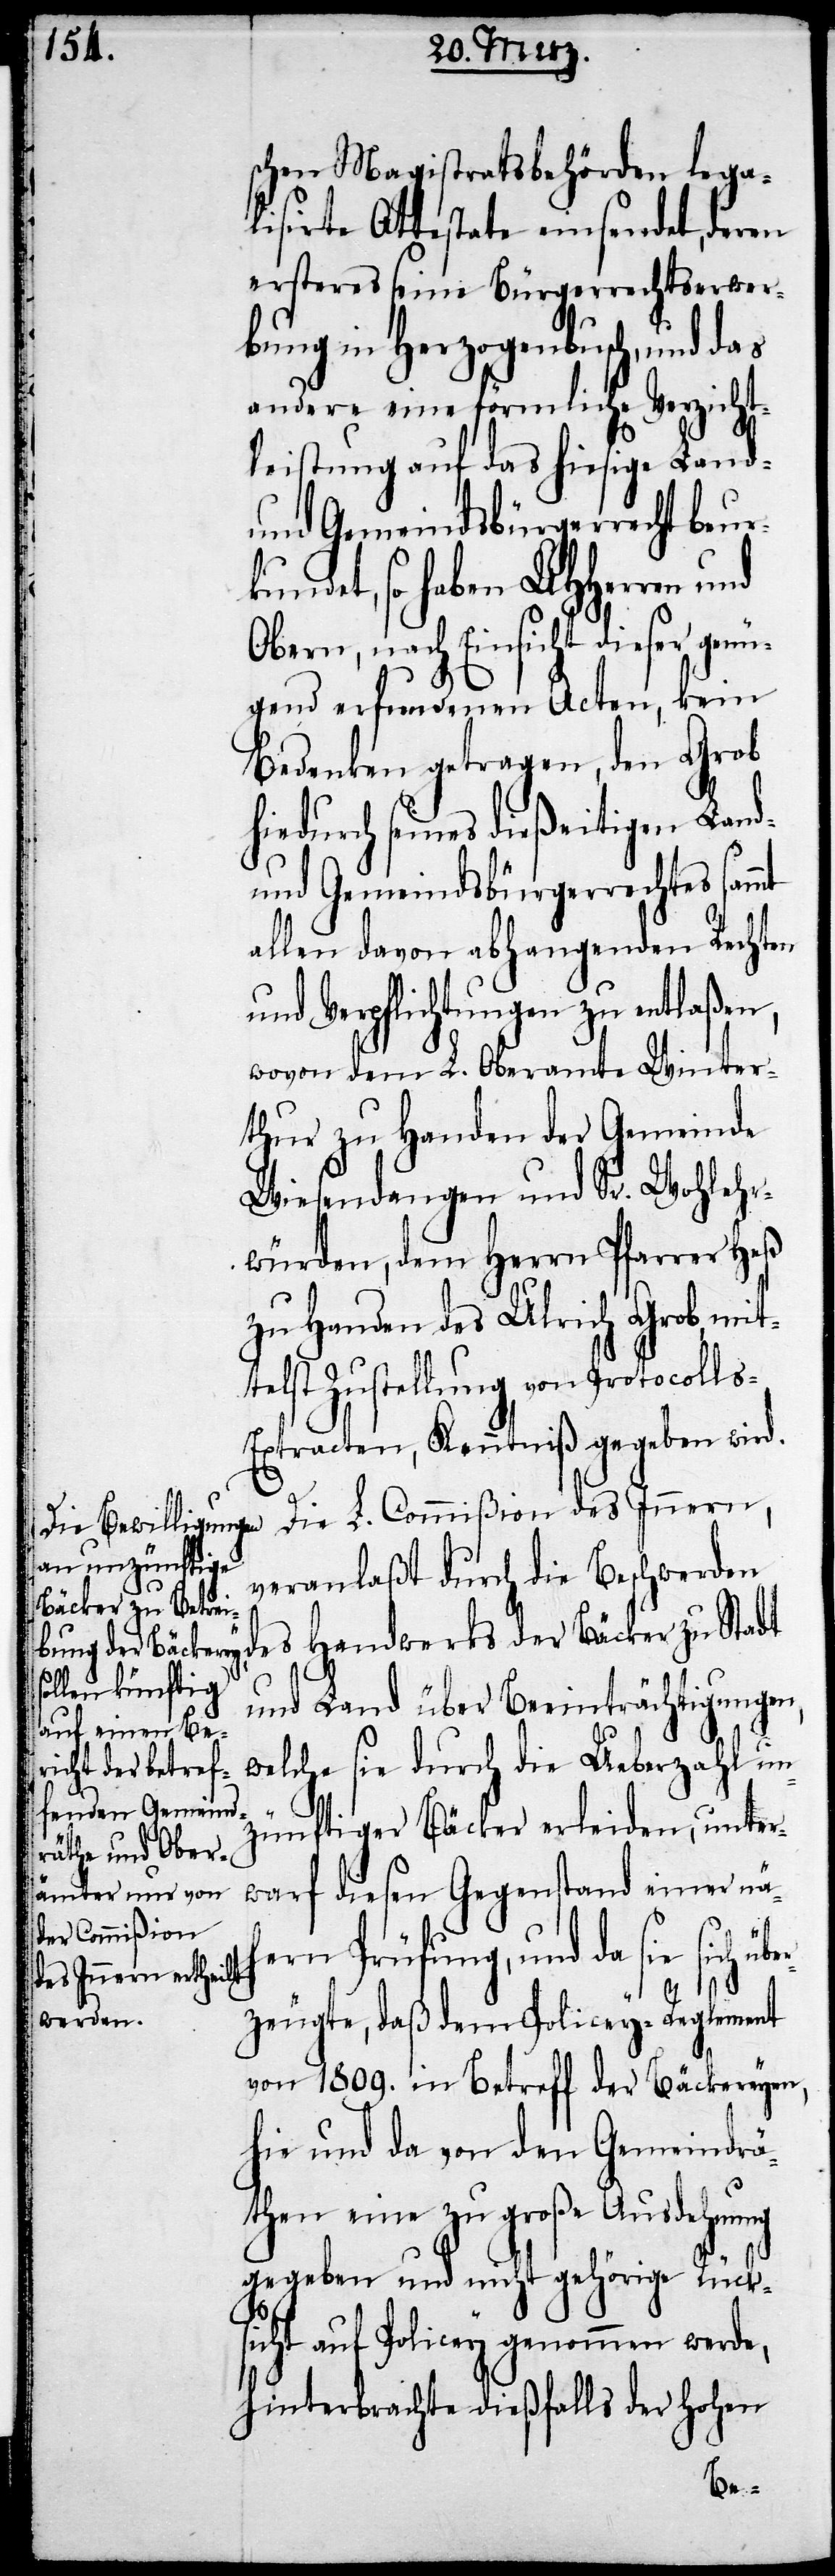
schen Magistratesbehörden lega¬
lisirte Attestate einsendet, deren
ersteres seine Bürgerrechtserwer¬
bung in Herzogenbuch, und das
andere eine förmliche Verzicht¬
leistung auf das hiesige Land-
und Gemeindsbürgerrecht beur¬
kundet, so haben UHHerren und
Obern, nach Einsicht dieser genü¬
gend erfundenen Acten, kein
Bedenken getragen, den Grob
hiedurch seines dießeitigen Land-
und Gemeindsbürgerrechtes
allen davon abhangenden Rechten
und Verpflichtungen zu entlaßen,
wovon dem L. Oberamte Winter¬
thur zu Handen der Gemeinde
Wiesendangen und Sr. Wohlehr¬
würden, dem Herrn Pfarrer Heß
zu Handen des Ulrich Grob, mit¬
telst Zustellung von Protocoll¬
s-Extracten, Kenntniß gegeben wird.
veranlaßt durch die Beschwerden
des Handwerks der Bäcker zu Stadt
und Land über Beeinträchtigungen,
welche sie durch die Ueberzahl un¬
zünftiger Bäcker erleiden, unter¬
warf diesen Gegenstand einer näh¬
L. Commißion
ern Prüfung, und da sie sich ü¬
zeugte, daß dem Policey-Reglement
von 1809. in Betreff der Bäckereyen,
hie und da von den Gemeindrä¬
then eine zu große Ausdehnung
gegeben und nicht gehörige Rück¬
sicht auf Policey genommen werde,
hinterbrachte dießfalls der hohen
ber¬